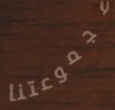
مجموعتنا